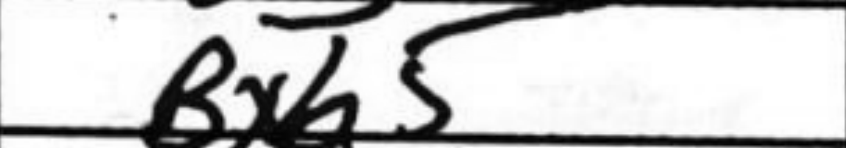
Transcription: Bxb5